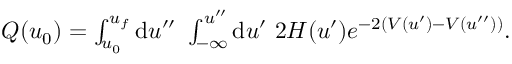
\begin{array} { r } { Q ( u _ { 0 } ) = \int _ { u _ { 0 } } ^ { u _ { f } } \mathrm { d } u ^ { \prime \prime } \ \int _ { - \infty } ^ { u ^ { \prime \prime } } \mathrm { d } u ^ { \prime } \ 2 H ( u ^ { \prime } ) e ^ { - 2 ( V ( u ^ { \prime } ) - V ( u ^ { \prime \prime } ) ) } . } \end{array}